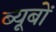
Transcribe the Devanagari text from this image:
ब्यूबों